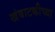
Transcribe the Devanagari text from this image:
खंबाटकीच्या